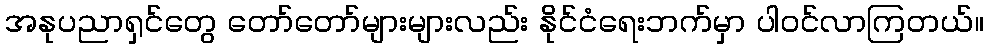
အနုပညာရှင်တွေ တော်တော်များများလည်း နိုင်ငံရေးဘက်မှာ ပါဝင်လာကြတယ်။